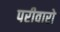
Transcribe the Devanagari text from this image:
परीवारो